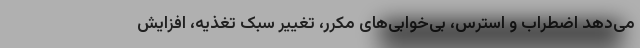
می‌دهد اضطراب و استرس، بی‌خوابی‌های مکرر، تغییر سبک تغذیه، افزایش